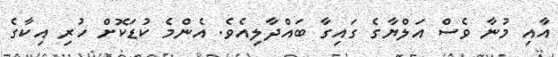
އާއި މުނާ ވެސް އަލްޔާގެ ގައިގާ ބައްދާލިއެވެ. އެންމެ ކުޑަކޮށް ހުރި އިކާގެ